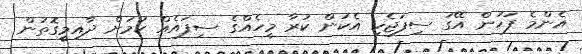
އެންމެ ފަހުން އޭގަ ސިފަޖެހި އެކަން ކުރާ މީހެއްގެ ސިފައެއް ކަމަށް ދާއިމީގޮތުން